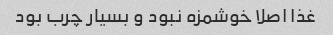
غذا اصلا خوشمزه نبود و بسیار چرب بود